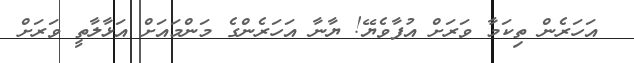
އަހަރެން ތިކަމާ ވަރަށް އުފާވެޔޭ! ޔާނާ އަހަރެންގެ މަންމައަށް އަޅާލާތީ ވަރަށް